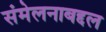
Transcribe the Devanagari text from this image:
संमेलनाबद्दल